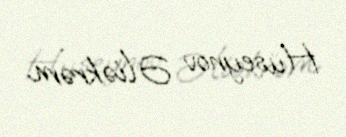
Hüseynov Əliəkrəm